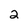
Character: 2